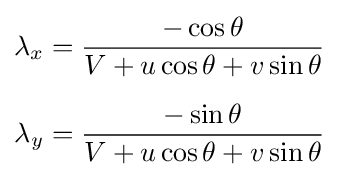
{\begin{aligned}\lambda _{x}&={\frac {-\cos \theta }{V+u\cos \theta +v\sin \theta }}\\[6pt]\lambda _{y}&={\frac {-\sin \theta }{V+u\cos \theta +v\sin \theta }}\end{aligned}}